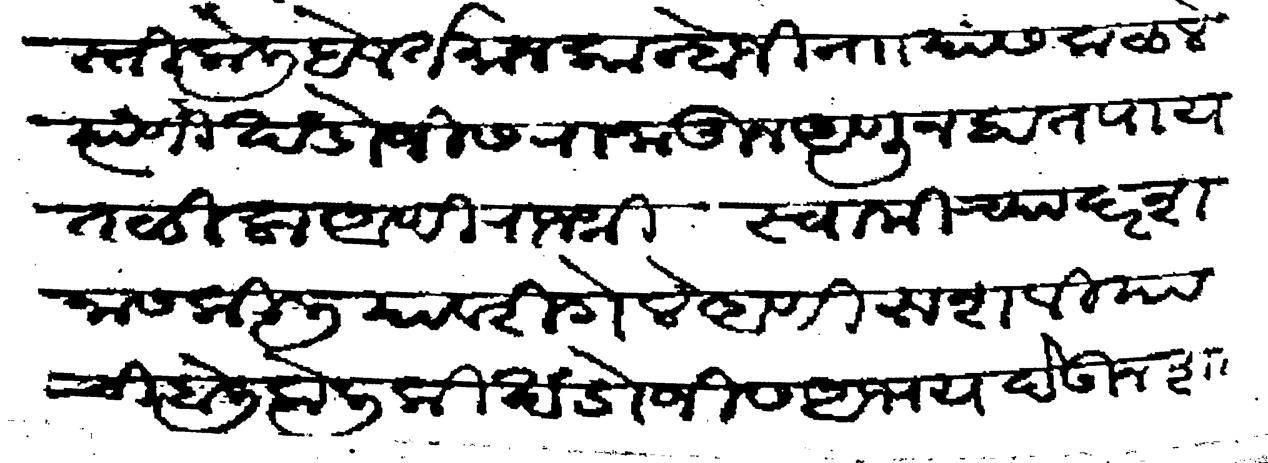
Transliteration (Devanagari): शास्ती केली हे वर्तमान कान्होजी नाा यांस कळले त्याणी खंडोजीस रानातून अणून हातपाय तथिला आणि राजश्री स्वामीच्या दरशनास किलियावरी गेले आणि रूशवियाची बोली केली की खंडोजीस अभय देऊन शास्ती